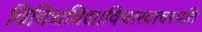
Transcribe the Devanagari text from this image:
विविधविद्याविचारवाचस्पति